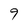
Character: 9